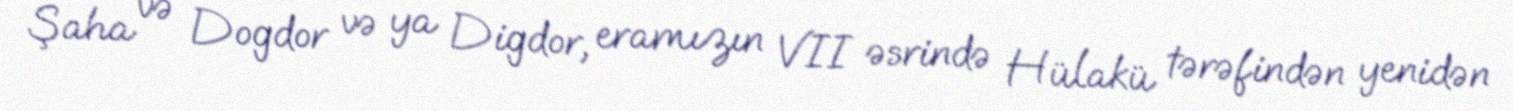
Şaha və Dogdor və ya Digdor, eramızın VII əsrində Hülakü tərəfindən yenidən